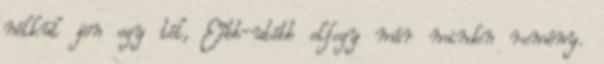
nélkül jön egy tél, Eőbb-utóbb elfogy már minden remény.